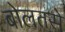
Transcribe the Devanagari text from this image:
बोलतसे